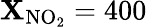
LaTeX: \mathbf{X}_{\mathrm{{NO_{2}}}}=400